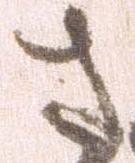
さ